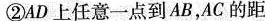
②AD上任意一点到AB，AC的距